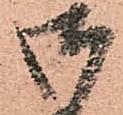
御